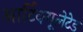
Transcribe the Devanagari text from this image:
आर्टिक्यूलेटेड